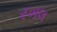
રખલ